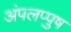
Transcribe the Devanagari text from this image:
अंपलप्पुष